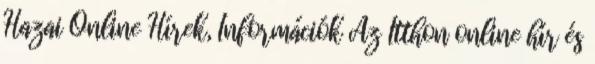
Hazai Online Hírek, Információk Az Itthon online hír és